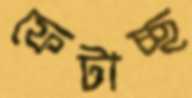
ফেটাচ্ছ